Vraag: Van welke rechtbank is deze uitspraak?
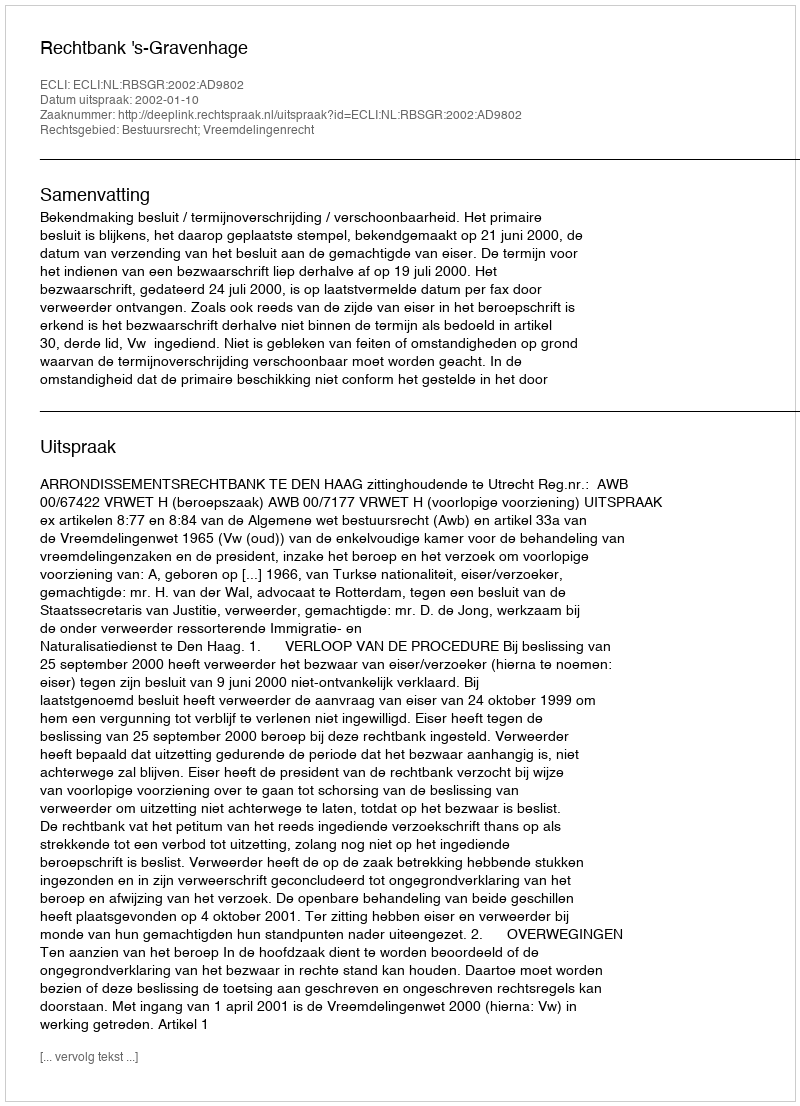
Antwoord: Rechtbank 's-Gravenhage